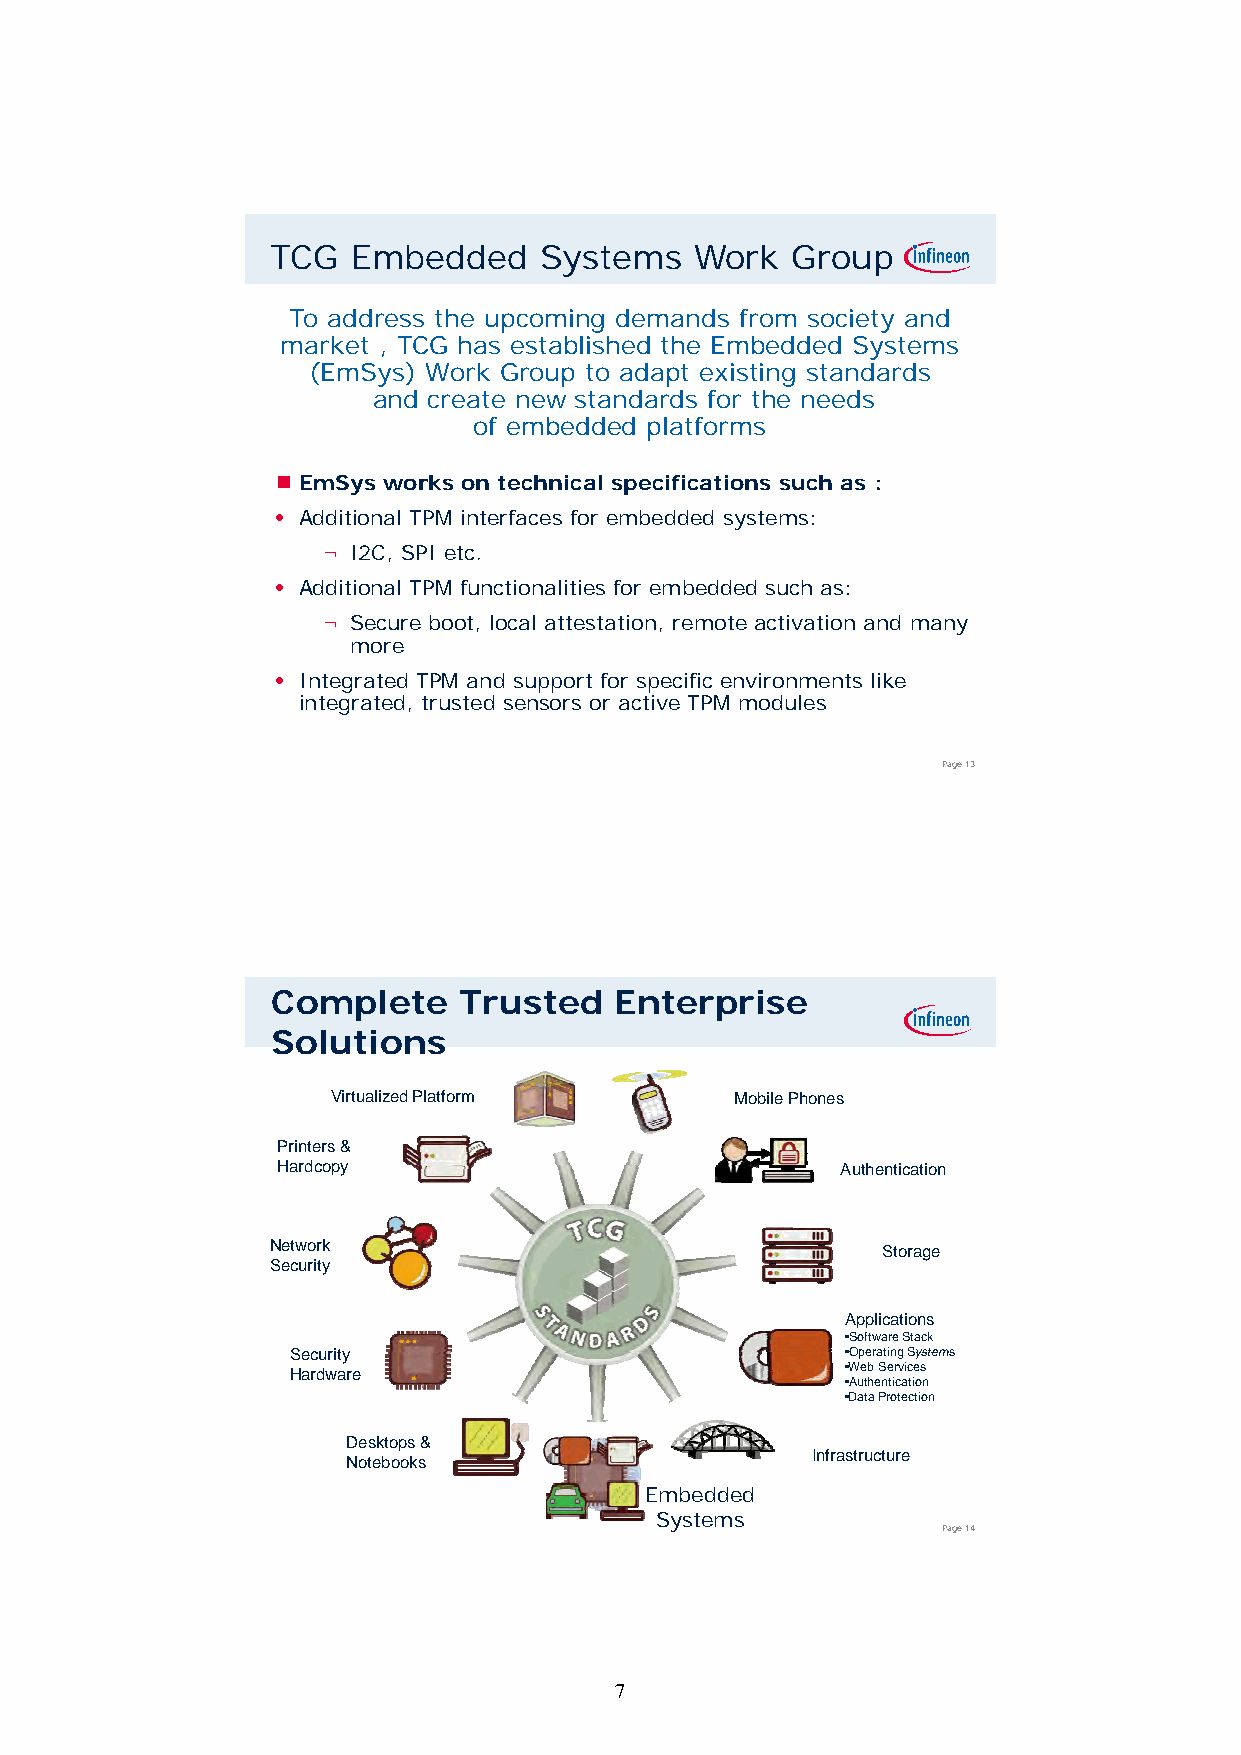
TCG  Embedded     Systems   Work  Group
 To address the upcoming demands from society and
 market , TCG has established the Embedded Systems
 (EmSys) Work Group to adapt existing standards
 aanndd ccrreeaattee nneeww ssttaannddaarrddss ffoorr tthhee nneeeeddss
 of embedded platforms
  EmSys works on technical specifications such as :
 • Additional TPM interfaces for embedded systems:
 ¬ I2C, SPI etc.
 •• AAddddiittiioonnaall TTPPMM ffuunnccttiioonnaalliittiieess ffoorr eemmbbeeddddeedd ssuucchh aass::
 ¬ Secure boot, local attestation, remote activation and many
 more
 • Integrated TPM and support for specific environments like
 integrated, trusted sensors or active TPM modules
 Page 13
 Complete    Trusted    Enterprise
 Solutions
 Virtualized Platform       Mobile Phones
 Printers &
 HHaarrddccooppyy                      AAutthhenttiicattiion
 Network                                 Storage
 Security
 Applications
 •Software Stack
 SSeeccuurriittyy                     ••OOppeerraattiinngg SSyysstteemmss
 Hardware                             •Web Services
 •Authentication
 •Data Protection
 Desktops &
 Infrastructure
 Notebooks
 ESmervbeersdded
 Systems
 Page 14
 7